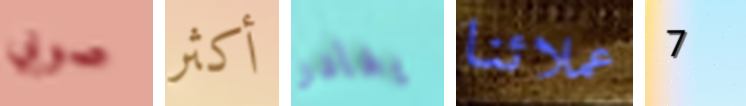
صوبي أكثر يغادر عملائنا 7